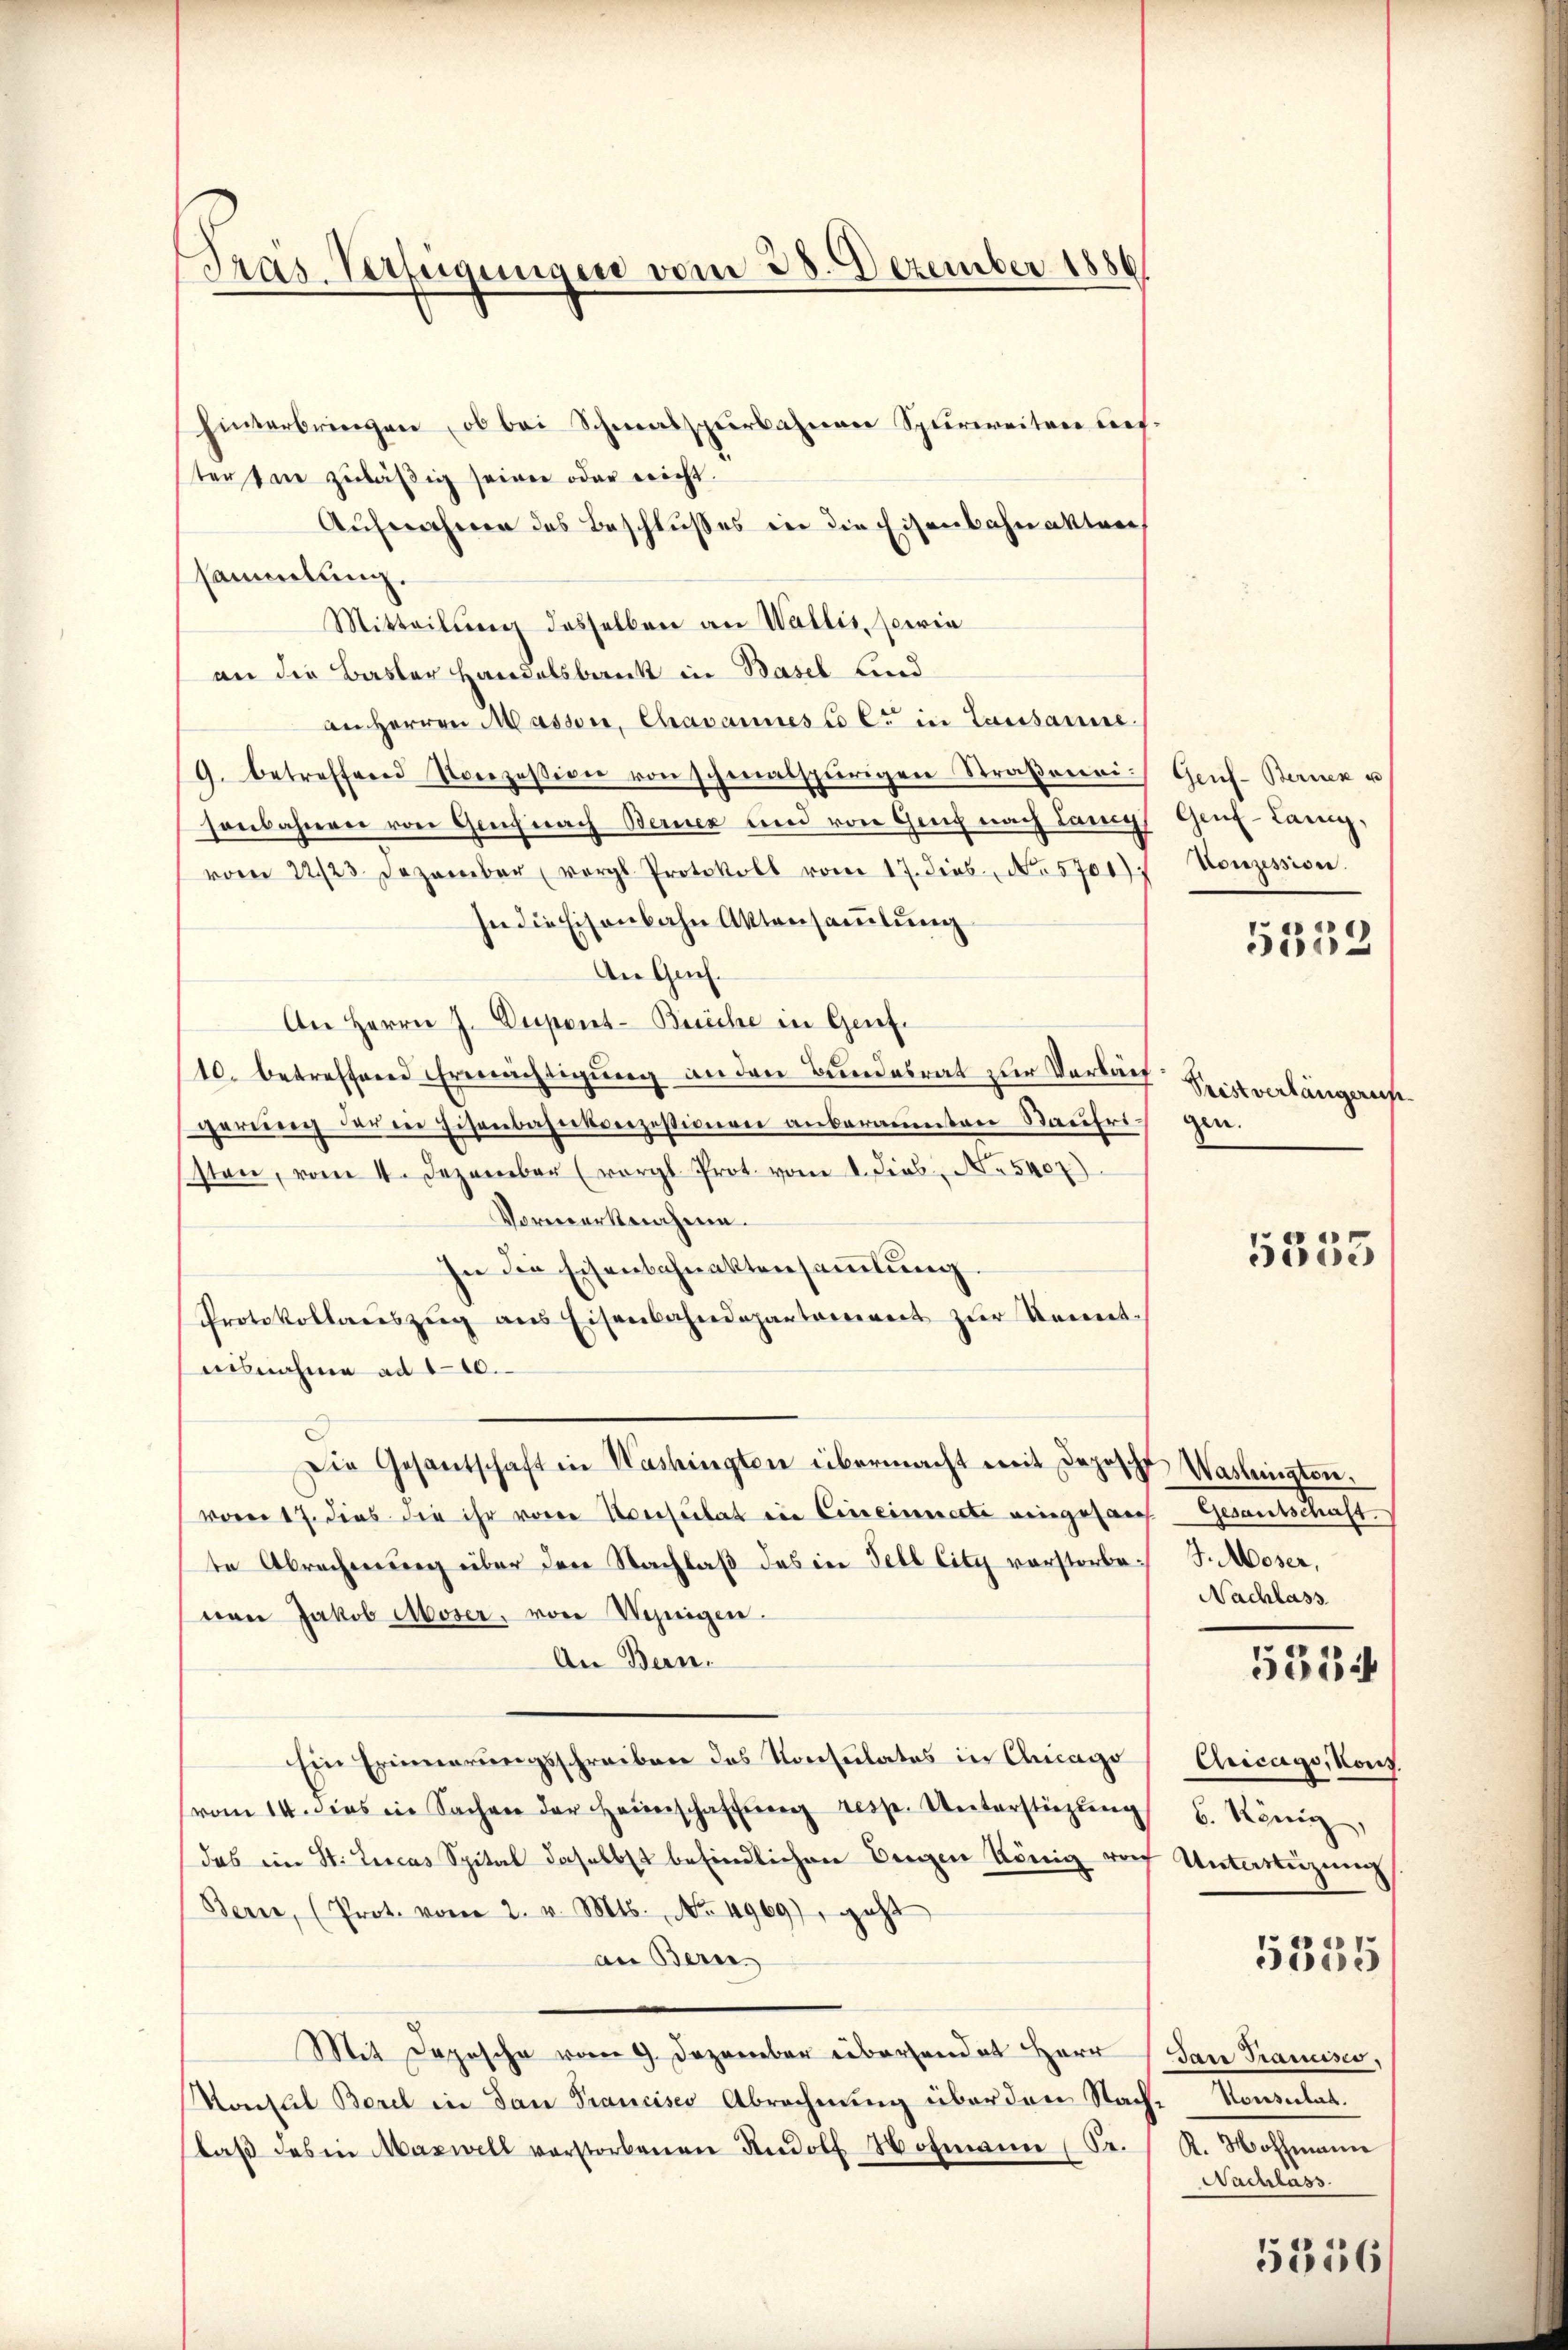
Präs. Verfügungen vom 28. Dezember 1886

hinterbringen, ob bei Schmalspurbahnen Spurweiten des-
ter sie zuläßig seiner oder reicht.
Aufnahmen des Beschlußes in die Eisenbahnakten
sammlung.
Mitteilung desselben an Wallis, sowie
an die Basler Handelsbank in Basel und
an Herren Masson, Chavannes Col. in Lausanne.
9. betreffend Konzession von schmalspurigen Straßenri
sonbahnen von Gerich nach Berner und von Genf nach Lang
vom 22./23. Dezember (vergl. Protokoll vom 17. dies. No. 5701)
In die Eisenbahn Aktensammlung
An Gach.
An Herrn J. Dupant-Buche in Genf.
10. betreffend Ermächtigung an den Bundesrat zur Verläuf
gerung der die Eisenbahnkverzestionen anberamenten Baufristen, vom 1. Dezember (vergl. Prot. vom 1. Feb. N. 5407)
Vormerknahme.
In die Eisenbahnaktensammlung.
Protokollaŭszŭg ans Eisenbahndepartement zur Kenntaisnahme ad 110.
Die Gesantschaft in Washingten übermacht mit dopische Washingten.
voren 17. dies die ihr vorer Aversulat ein Cineinerette eingesans Gesantschaft.
te Abrechnung über den Nachlaß das in Fell City vorstorbe¬ J. Moser,
von Jakob Moser, von Weigen
An Bern.
Ein Erinnerungsschreiben das Konsulates in Chicago
vom 14. dies in Sachen der Heuerschaftung resp. Unterstüzung
das ein St. Lucas Spital daselbst befindlichen Bergen König noch
Bern, (Prot. vom 2. v. Mts. No. 4969), geht
an Bern.
Mit Depesche vom 9. Dezember überhandet Herr San Francisco,
Konseil Borel in dan Francisco Abrechnŭng über den Nach- Konsulat.
daβ des in Maswell verstorbenen Rudolf Hofmann Sr.

Genf. Bernen u
Geuf-Lang,
Vonzession.
5552

Srist verlängerun
gen.

5353

Nachlass

5534

Chicago, Kons.
6. König,
Unterstüzung

5335

R. Hoffmann
Nachlass.

5356/